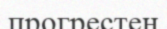
прогрестен